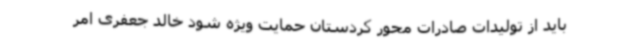
باید از تولیدات صادرات محور کردستان حمایت ویژه شود خالد جعفری امر